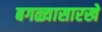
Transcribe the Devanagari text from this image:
बगळ्यासारखे